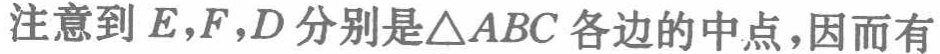
注意到 \(E,F,D\) 分别是\(\triangle ABC\) 各边的中点，因而有